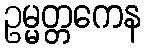
ဥမ္မတ္တကေန